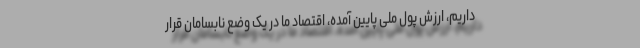
داریم، ارزش پول ملی پایین آمده، اقتصاد ما در یک وضع نابسامان قرار